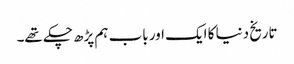
تاریخ دنیا کا ایک اور باب ہم پڑھ چکے تھے۔